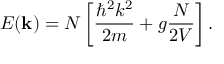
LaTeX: E ( \mathbf { k } ) = N \left[ { \frac { \hbar ^ { 2 } k ^ { 2 } } { 2 m } } + g { \frac { N } { 2 V } } \right] .